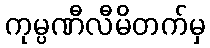
ကုမ္ပဏီလီမိတက်မှ